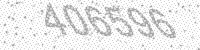
Solution: 406596